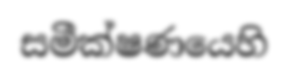
සමීක්ෂණයෙහි